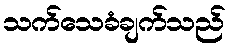
သက်သေခံချက်သည်